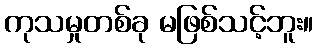
ကုသမှုတစ်ခု မဖြစ်သင့်ဘူး။